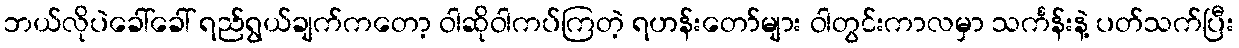
ဘယ်လိုပဲခေါ်ခေါ် ရည်ရွယ်ချက်ကတော့ ဝါဆိုဝါကပ်ကြတဲ့ ရဟန်းတော်များ ဝါတွင်းကာလမှာ သင်္ကန်းနဲ့ ပတ်သက်ပြီး